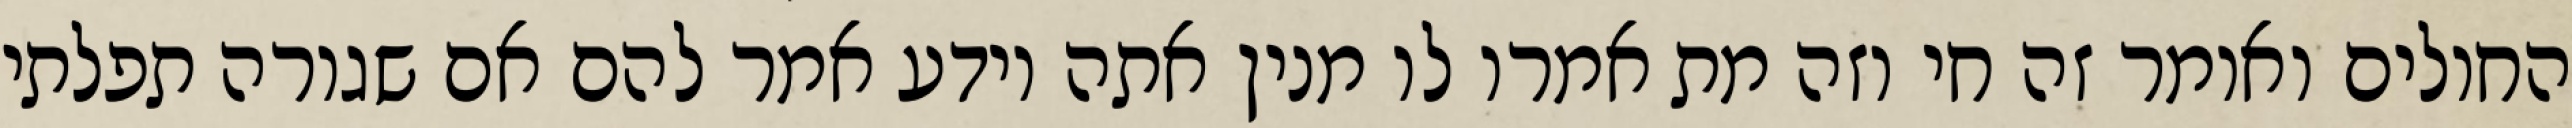
החולים ואומר זה חי וזה מת אמרו לו מנין אתה יודע אמר להם אם שגורה תפלתי